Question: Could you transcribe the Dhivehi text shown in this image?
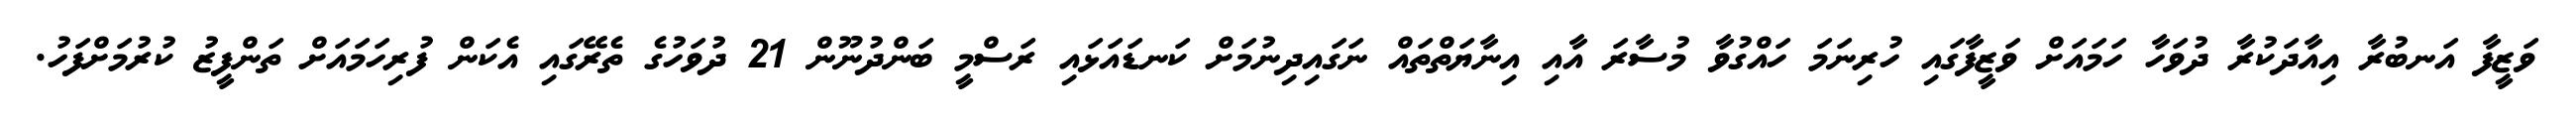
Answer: ވަޒީފާ އަނބުރާ އިއާދަކުރާ ދުވަހާ ހަމައަށް ވަޒީފާގައި ހުރިނަމަ ހައްގުވާ މުސާރަ އާއި އިނާޔަތްތައް ނަގައިދިނުމަށް ކަނޑައަޅައި ރަސްމީ ބަންދުނޫން 21 ދުވަހުގެ ތެރޭގައި އެކަން ފުރިހަމައަށް ތަންފީޒު ކުރުމަށްފަހު.